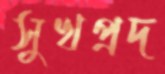
সুখপ্রদ